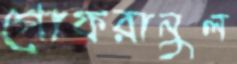
গোফরানুল